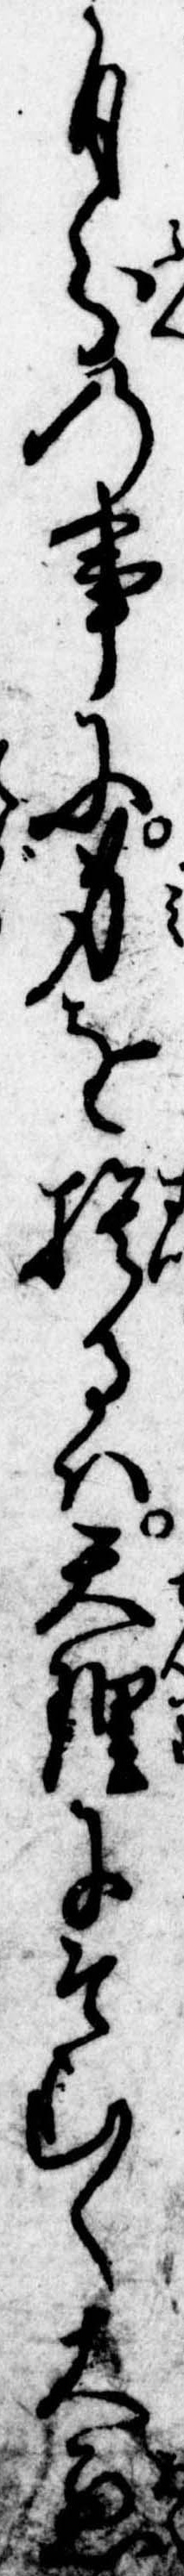
自分の事に身を捨るは天理にそむく大悪